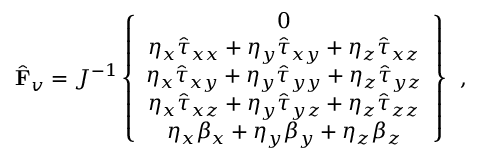
\hat { \mathbf { F } } _ { v } = J ^ { - 1 } \left\{ \begin{array} { c } { 0 } \\ { \eta _ { x } \hat { \tau } _ { x x } + \eta _ { y } \hat { \tau } _ { x y } + \eta _ { z } \hat { \tau } _ { x z } } \\ { \eta _ { x } \hat { \tau } _ { x y } + \eta _ { y } \hat { \tau } _ { y y } + \eta _ { z } \hat { \tau } _ { y z } } \\ { \eta _ { x } \hat { \tau } _ { x z } + \eta _ { y } \hat { \tau } _ { y z } + \eta _ { z } \hat { \tau } _ { z z } } \\ { \eta _ { x } { \beta } _ { x } + \eta _ { y } { \beta } _ { y } + \eta _ { z } { \beta } _ { z } } \end{array} \right\} \, \mathrm { ~ , ~ }